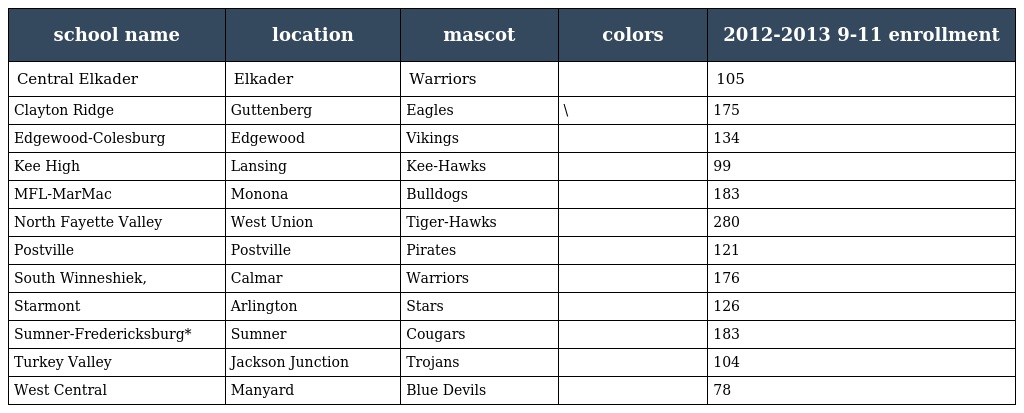
| school name | location | mascot | colors | 2012-2013 9-11 enrollment |
 | --- | --- | --- | --- | --- |
 | Central Elkader | Elkader | Warriors |  | 105 |
 | Clayton Ridge | Guttenberg | Eagles | \ | 175 |
 | Edgewood-Colesburg | Edgewood | Vikings |  | 134 |
 | Kee High | Lansing | Kee-Hawks |  | 99 |
 | MFL-MarMac | Monona | Bulldogs |  | 183 |
 | North Fayette Valley | West Union | Tiger-Hawks |  | 280 |
 | Postville | Postville | Pirates |  | 121 |
 | South Winneshiek, | Calmar | Warriors |  | 176 |
 | Starmont | Arlington | Stars |  | 126 |
 | Sumner-Fredericksburg* | Sumner | Cougars |  | 183 |
 | Turkey Valley | Jackson Junction | Trojans |  | 104 |
 | West Central | Manyard | Blue Devils |  | 78 |